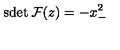
\mathrm { s d e t } \: { \cal F } ( z ) = - x _ { - } ^ { 2 }